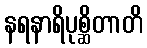
နရနာရိပုစ္ဆိတာတိ